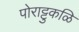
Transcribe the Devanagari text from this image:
पोराट्टुकळि